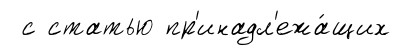
с статью пр'инадл'ежа́щих